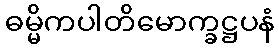
ဓမ္မိကပါတိမောက္ခဋ္ဌပနံ